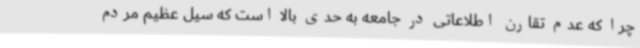
چرا که عدم تقارن اطلاعاتی در جامعه به حدی بالا است که سیل عظیم مردم